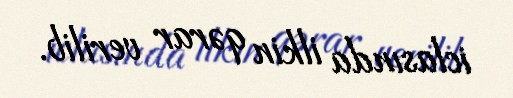
iclasında ilkin qərar verilib.